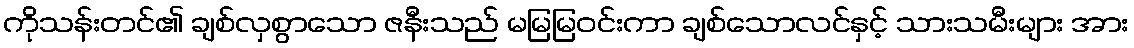
ကိုသန်းတင်၏ ချစ်လှစွာသော ဇနီးသည် မမြမြဝင်းကာ ချစ်သောလင်နှင့် သားသမီးများ အား